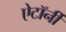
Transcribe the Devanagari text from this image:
ऐटॉर्नी